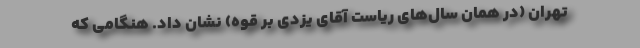
تهران (در همان سال‌های ریاست آقای یزدی بر قوه) نشان داد. هنگامی که